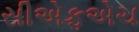
સીએફએચ